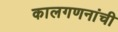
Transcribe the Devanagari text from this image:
कालगणनांची